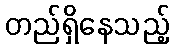
တည်ရှိနေသည့်